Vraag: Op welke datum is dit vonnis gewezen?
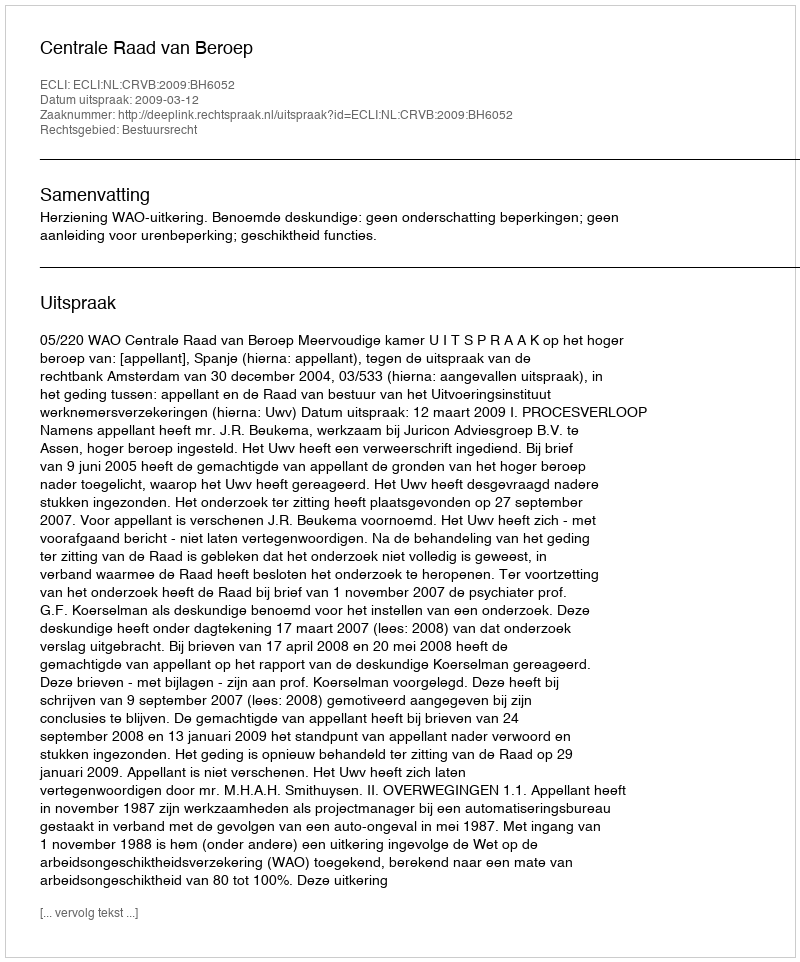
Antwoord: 2009-03-12